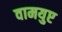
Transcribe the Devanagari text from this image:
वामयुप्ट